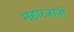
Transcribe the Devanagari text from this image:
महारजानी